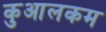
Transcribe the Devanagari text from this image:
कुआलकम